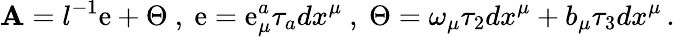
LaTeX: \mathbf{A}=l^{-1}\mathrm{e}+\Theta\ ,\ \mathrm{e}=\mathrm{e}_{\mu}^{a}\tau_{a}dx^{\mu}\ ,\ \Theta=\omega_{\mu}\tau_{2}dx^{\mu}+b_{\mu}\tau_{3}dx^{\mu}\, .